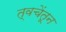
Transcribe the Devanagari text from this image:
त्वचेंतून